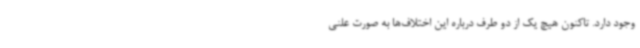
وجود دارد. تاکنون هیچ یک از دو طرف درباره این اختلاف‌ها به صورت علنی